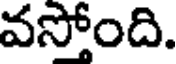
వస్తోంది.